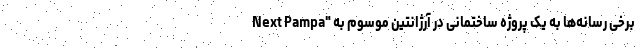
برخی رسانه‌ها به یک پروژه ساختمانی در آرژانتین موسوم به "Next Pampa